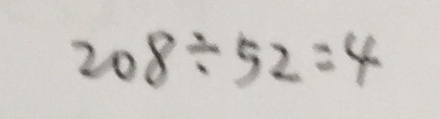
2 0 8 \div 5 2 = 4